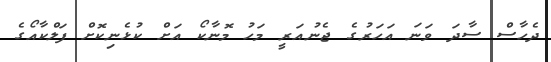
ދެހާސް ސާދަ ވަނަ އަހަރުގެ ޖެނުއަރީ މަހު މޮނާކޯ އަށް ކުޅެނިކޮށް ފަލްކާއޯގެ